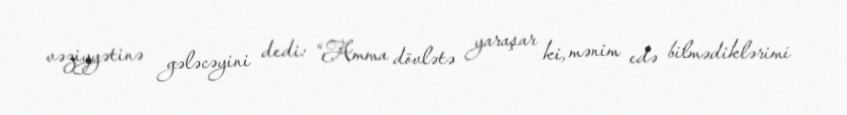
vəziyyətinə gələcəyini dedi: “Amma dövlətə yaraşar ki, mənim edə bilmədiklərimi